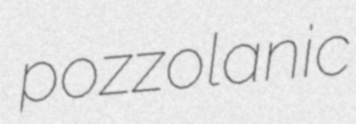
pozzolanic